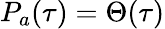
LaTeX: P_{a}(\tau)=\Theta(\tau)